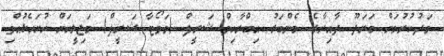
މަދުކުރުމަށް މަރަދޫ ދާއިރާގެ މެންބަރު އިބްރާހިމް ޝަރީފް (މަވޯޓާ ޝަރީފް) މަޖިލީހަށް ހުށަހެޅުއްވި